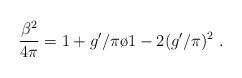
\begin{align*}{{\beta^2}\over{4\pi}}={{1+g'/\pi}\o{1-2(g'/\pi)^2}}\;.\end{align*}